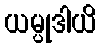
ယမ္ပုဒါယိ